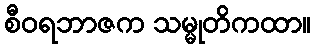
စီဝရဘာဇက သမ္မုတိကထာ။